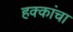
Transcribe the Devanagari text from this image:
हक्‍कांचा